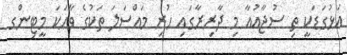
އަޅުގަޑަކީ ތި ސުޖާއުއާ މި ދާރިރާގައި ހުރި މައްސަލަ ތަކުގެ ވާހަކަ މީޓިންގ